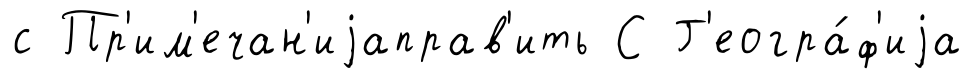
с Пр'им'ечан'иjаправ'ить С Г'еогра́ф'иjа